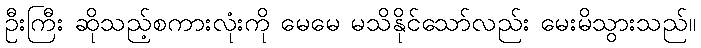
ဦးကြီး ဆိုသည့်စကားလုံးကို မေမေ မသိနိုင်သော်လည်း မေးမိသွားသည်။